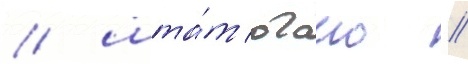
/ шта́т огаио //